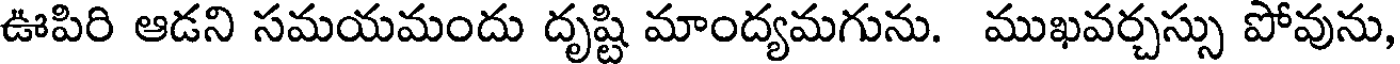
ఊపిరి ఆడని సమయమందు దృష్టి మాంద్యమగును. ముఖవర్చస్సు పోవును,